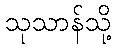
သုသာန်သို့